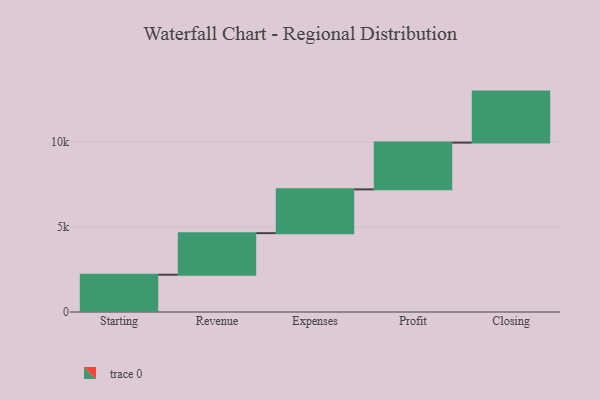
{"axis": {"x": "Step", "y": "Value"}, "legend": [""], "data": [{"x": "Starting", "y": 2192.0, "type": ""}, {"x": "Revenue", "y": 2446.0, "type": ""}, {"x": "Expenses", "y": 2575.0, "type": ""}, {"x": "Profit", "y": 2751.0, "type": ""}, {"x": "Closing", "y": 3000, "type": ""}]}